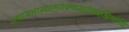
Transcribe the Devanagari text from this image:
उत्थायभास्वंतमवेक्ष्यसूर्यंसदक्षिणांवि